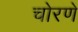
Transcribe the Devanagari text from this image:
चोरणे